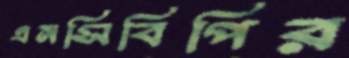
এনসিবিপির